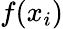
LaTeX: f(x_{i})